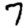
Digit: 7